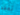
تفقد